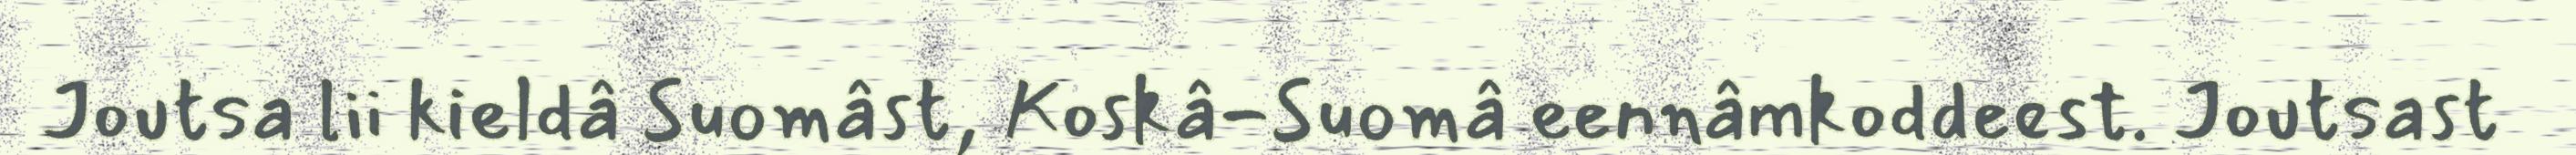
Joutsa lii kieldâ Suomâst, Koskâ-Suomâ eennâmkoddeest. Joutsast